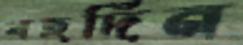
বহুদিন